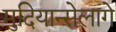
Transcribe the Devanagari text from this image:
मुदियान्सेलागे